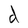
Character: d